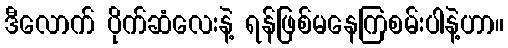
ဒီလောက် ပိုက်ဆံလေးနဲ့ ရန်ဖြစ်မနေကြစမ်းပါနဲ့ဟာ။